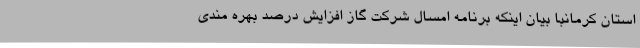
استان کرمانبا بیان اینکه برنامه امسال شرکت گاز افزایش درصد بهره مندی